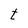
Character: t